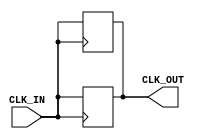
module clock_buffer (
    input wire CLK_IN,   // Input clock signal
    output reg CLK_OUT   // Buffered clock signal
);

// Parameters for timing characteristics
parameter PROP_DELAY = 1; // Propagation delay in ns

// Always block to model the clock buffering behavior
always @(posedge CLK_IN) begin
    #PROP_DELAY CLK_OUT <= CLK_IN; // Buffering with propagation delay
end

// Optional: Handle the falling edge if needed
always @(negedge CLK_IN) begin
    #PROP_DELAY CLK_OUT <= CLK_IN; // Buffering with propagation delay
end

endmodule